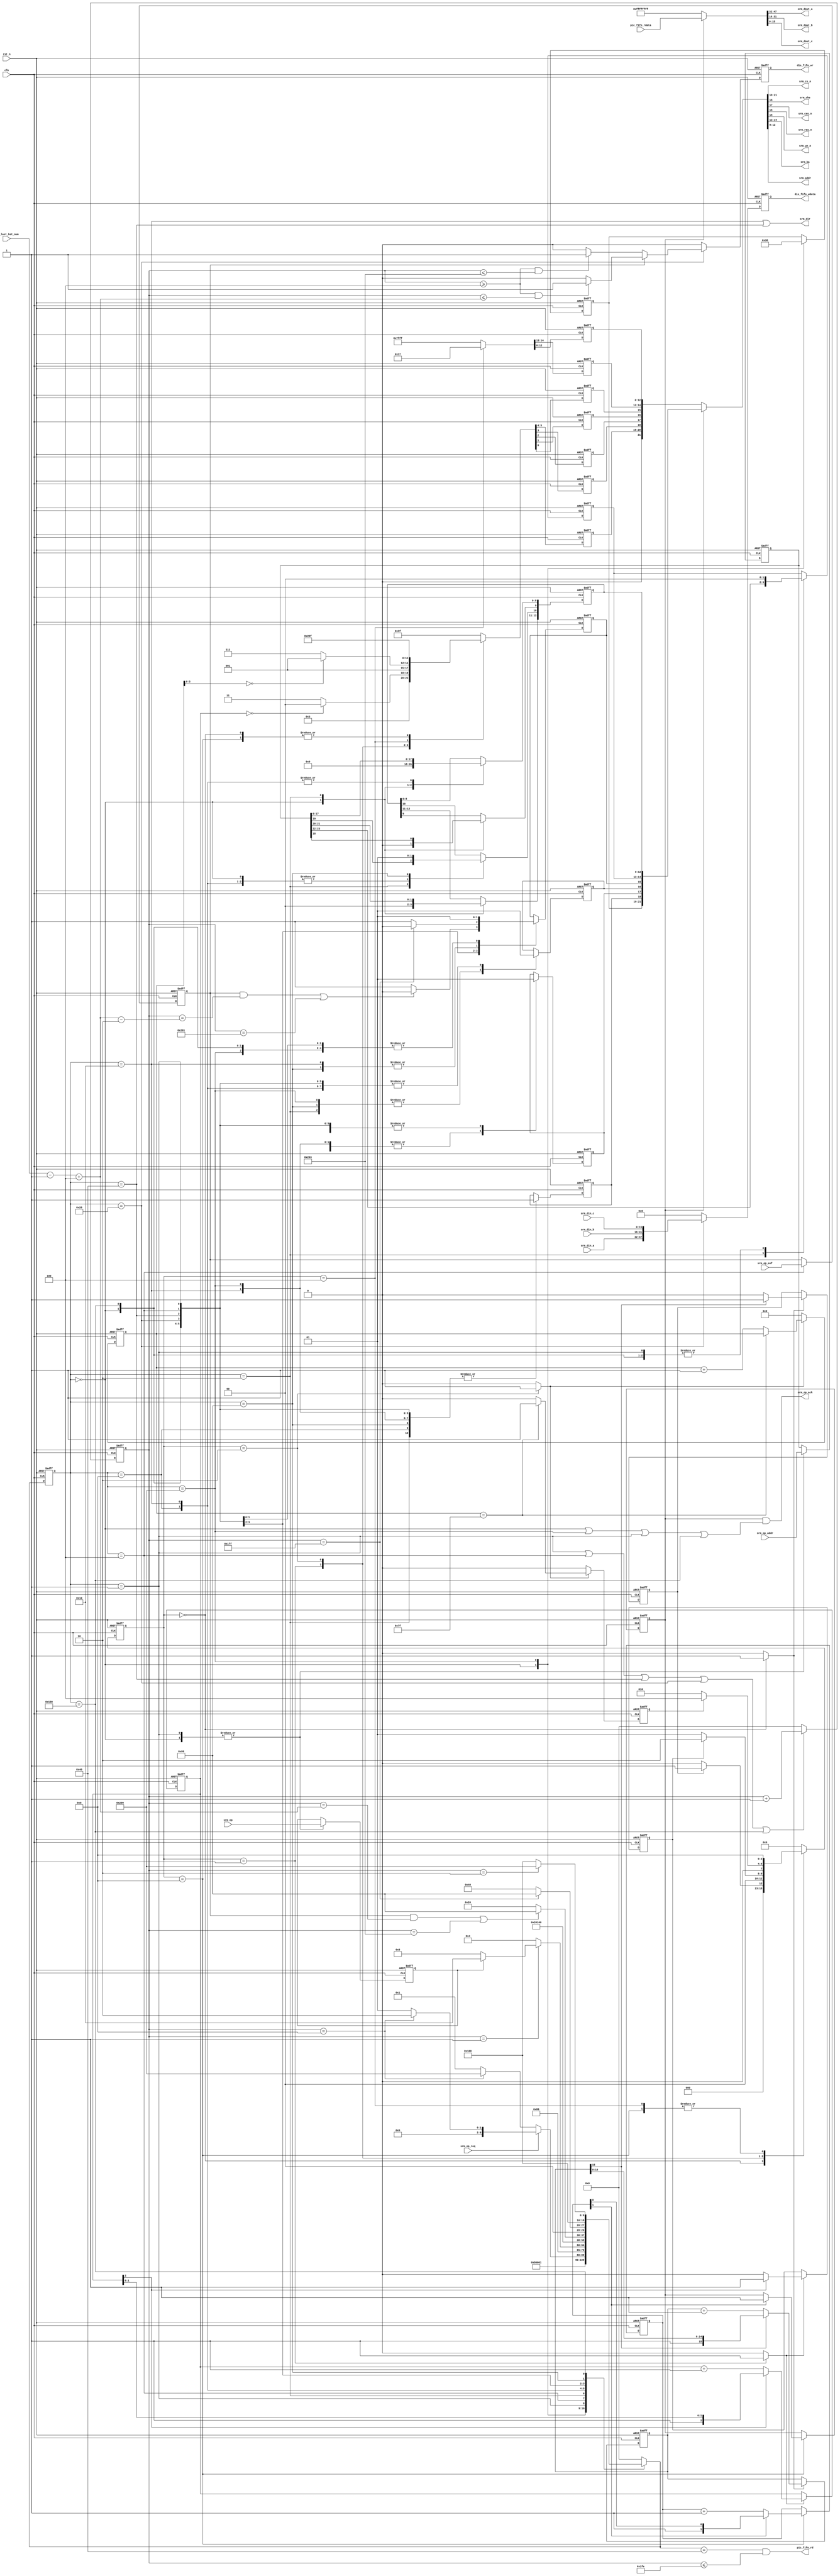
//*****************************************************************************
// COPYRIGHT (c) 2013, Xiamen Tianma Microelectronics Co, Ltd
//
// Module name   :  srm_intf
//
// Version       :  v 1.0
//
// Function      :  SDRAM interfacing control
// Called by     :  --
//
// ----------------------------------------------------------------------------
// Revison
// 2012-05-29    :  create file
//*****************************************************************************
module srm_intf (
    input                 clk               ,
    input                 rst_n             ,

    input                 srm_op_req        ,
    output                srm_op_ack        ,
    input                 srm_op            ,
    input       [23:0]    srm_op_addr       ,
    input                 srm_op_eof        ,

    output      [2:0]     srm_cs_n          ,
    output                srm_cke           ,
    output                srm_cas_n         ,
    output                srm_ras_n         ,
    output                srm_we_n          ,
    output      [1:0]     srm_ba            ,
    output      [12:0]    srm_addr          ,
    input       [15:0]    srm_din_a         ,
    input       [15:0]    srm_din_b         ,
    input       [15:0]    srm_din_c         ,
    output      [15:0]    srm_dout_a        ,
    output      [15:0]    srm_dout_b        ,
    output      [15:0]    srm_dout_c        ,
    output                srm_dir           ,

    output                pic_fifo_rd       ,
    input       [47:0]    pic_fifo_rdata    ,
    output reg            dis_fifo_wr       ,
    output reg  [47:0]    dis_fifo_wdata	  ,
	 input       [9:0]     pic_last_bst_num      
);

//+++++++++++++++++++++++++++++++++++++++++++++++++++++++++++++++++++++++++++++
// parameters
//+++++++++++++++++++++++++++++++++++++++++++++++++++++++++++++++++++++++++++++
// sdram operation related
parameter       OPCODE              = 8'b0                      ;	 //write mode = burst read and burst write
parameter       CAS                 = 3'b011                    ;  //CAS lantency = 3
parameter       BT                  = 1'b0                      ;  //burst type = sequential
parameter       BURSTLEN            = 3'b111                    ;  //burst length. 3'b111 - full page
parameter       NOP                 = 4'b1111                   ;
parameter       BSTSTOP             = 4'b1110                   ;

parameter       INITDELAY200u       = 4'b0000                   ;
parameter       INITPRECHARGE       = 4'b0001                   ;
parameter       INITREFRESH         = 4'b0010                   ;
parameter       INITSETMRS          = 4'b0100                   ;
parameter       INITIDLE            = 4'b1000                   ;


parameter       IDLE                = 10'b00_0000_0000          ;
parameter       REFRESHDELAY        = 10'b00_0000_0001          ;
parameter       ROWACTIVE           = 10'b00_0000_0010          ;
parameter       ROWACTIVEDELAY      = 10'b00_0000_0100          ;
parameter       READ                = 10'b00_0000_1000          ;
parameter       WRITE               = 10'b00_0001_0000          ;
parameter       READDELAY           = 10'b00_0010_0000          ;
parameter       WRITEDELAY          = 10'b00_0100_0000          ;
parameter       PRECHARGE           = 10'b00_1000_0000          ;
parameter       PRECHARGEDELAY      = 10'b01_0000_0000          ;
parameter       REFRESH             = 10'b10_0000_0000          ;

parameter       RD_LAG              = 10'd4                     ;

//+++++++++++++++++++++++++++++++++++++++++++++++++++++++++++++++++++++++++++++
// variable declaration
//+++++++++++++++++++++++++++++++++++++++++++++++++++++++++++++++++++++++++++++
wire                            trig_op_dly                     ;
wire                            trig_init_dly                   ;
wire                            trig_init_pch                   ;
wire                            trig_init_ref                   ;

reg     [1:0]                   init_cs                         ;
reg                             init_cke                        ;
reg                             init_cas_n                      ;
reg                             init_ras_n                      ;
reg                             init_we_n                       ;
reg     [1:0]                   init_ba                         ;
reg     [12:0]                  init_addr                       ;

reg     [2:0]                   op_cs                           ;
reg                             op_cke                          ;
reg                             op_cas_n                        ;
reg                             op_ras_n                        ;
reg                             op_we_n                         ;
reg     [1:0]                   op_ba                           ;
reg     [12:0]                  op_addr                         ;

reg     [3:0]                   cs_init                         ;
reg     [3:0]                   ns_init                         ;
reg     [15:0]                  cnt_init_dly                    ;
reg                             end_init_dly                    ;
reg     [2:0]                   cnt_init_pch                    ;
reg                             end_init_pch                    ;
reg     [6:0]                   cnt_init_ref                    ;
reg                             end_init_ref                    ;
reg                             end_srm_init                    ;
reg     [1:0]                   cnt_init_mrs_dly                ;

//(* syn_encoding = "safe" *) reg [9:0]  cs_op,ns_op;
reg     [9:0]                   cs_op                           ;
reg     [9:0]                   ns_op                           ;
reg     [23:0]                  srm_op_addr_lat                 ;
reg                             srm_op_lat                      ;
reg     [9:0]                   cnt_op_dly                      ;
reg                             srm_op_eob_lat                  ;

//+++++++++++++++++++++++++++++++++++++++++++++++++++++++++++++++++++++++++++++
//continuous assignment
//+++++++++++++++++++++++++++++++++++++++++++++++++++++++++++++++++++++++++++++
assign trig_init_dly = (cs_init == INITDELAY200u )? 1'b1 :1'b0;
assign trig_init_pch = (cs_init == INITPRECHARGE )? 1'b1 :1'b0;
assign trig_init_ref = (cs_init == INITREFRESH   )? 1'b1 :1'b0;

assign trig_op_dly = (cs_op == REFRESHDELAY) || (cs_op == ROWACTIVEDELAY)
    || (cs_op==WRITEDELAY) || (cs_op == READDELAY) || (cs_op == PRECHARGEDELAY);

assign srm_op_ack = (end_srm_init == 1'b1) && ((cs_op == IDLE)
    || (cs_op == REFRESH) || (cs_op == REFRESHDELAY) || (cs_op == PRECHARGEDELAY));

assign {srm_cs_n, srm_cke, srm_cas_n, srm_ras_n, srm_we_n, srm_ba, srm_addr}
    = end_srm_init ? {op_cs, op_cke, op_cas_n, op_ras_n, op_we_n, op_ba, op_addr}
    : {init_cs, init_cke, init_cas_n, init_ras_n, init_we_n, init_ba, init_addr};

assign {srm_dout_a, srm_dout_b, srm_dout_c} = (end_srm_init == 1'b1) ? pic_fifo_rdata : 48'hffffffff;
assign srm_dir = (cs_op == WRITE) || (cs_op == WRITEDELAY);
assign pic_fifo_rd = (ns_op == WRITEDELAY) && (cnt_op_dly <= 10'd510);

//+++++++++++++++++++++++++++++++++++++++++++++++++++++++++++++++++++++++++++++
// block statement
//+++++++++++++++++++++++++++++++++++++++++++++++++++++++++++++++++++++++++++++
//init FSM
always @(posedge clk or negedge rst_n)
begin
    if (rst_n == 1'b0)
    begin
        cs_init <= INITDELAY200u;
    end
    else
    begin
        cs_init <= ns_init;
    end
end

always @(*)
begin
    case(cs_init)
        INITDELAY200u:
        begin
            if (end_init_dly == 1'b1)
            begin
                ns_init = INITPRECHARGE;
            end
            else
            begin
                ns_init = INITDELAY200u;
            end
        end
        INITPRECHARGE:  //wDelay tRp
        begin
            if (end_init_pch == 1'b1)
            begin
                ns_init = INITREFRESH;
            end
            else
            begin
                ns_init = INITPRECHARGE;
            end
        end

        INITREFRESH:  //wDelay tRc
        begin
            if (end_init_ref == 1'b1)
            begin
                ns_init = INITSETMRS;
            end
            else
            begin
                ns_init = INITREFRESH;
            end
        end
        INITSETMRS:
        begin
            ns_init = INITIDLE;
        end
        INITIDLE:
        begin
            ns_init = INITIDLE;
        end
        default:
        begin
            ns_init = INITDELAY200u;
        end
    endcase
end

always @(posedge clk or negedge rst_n)  //delay at least 200us
begin
    if(rst_n == 1'b0)
    begin
        cnt_init_dly <= 16'b0;
        end_init_dly <= 1'b0;
    end
    else if (trig_init_dly == 1'b1)
    begin
        if (cnt_init_dly[15] == 1'b1)
        begin
            cnt_init_dly <= cnt_init_dly;
            end_init_dly <= 1'b1;
        end
        else
        begin
            cnt_init_dly <= cnt_init_dly + 16'b1;
            end_init_dly <= 1'b0;
        end
    end
end

always @(posedge clk or negedge rst_n)  //Precharge
begin
    if (rst_n == 1'b0)
    begin
        cnt_init_pch <= 3'b0;
        end_init_pch <= 1'b0;
    end
    else if (trig_init_pch == 1'b1)
    begin
        if(cnt_init_pch[2] == 1'b1)	//tRP = 5clk	:Row Precharge command Period
        begin
            cnt_init_pch <= cnt_init_pch;
            end_init_pch <= 1'b1;
        end
        else
        begin
            cnt_init_pch <= cnt_init_pch + 3'b1;
            end_init_pch <= 1'b0;
        end
    end
end

always @(posedge clk or negedge rst_n) //8 tRc=9(FPGA16)  8*9
begin
    if(rst_n == 1'b0)
    begin
        cnt_init_ref <= 0;
        end_init_ref <= 0;
    end
    else if (trig_init_ref == 1'b1)
    begin
        if(cnt_init_ref == 7'h7f)	//tRC = 128clk 	:RAS cycle time
        begin
            cnt_init_ref <= cnt_init_ref;
            end_init_ref <= 1'b1;
        end
        else
        begin
            cnt_init_ref <= cnt_init_ref + 7'b1;
            end_init_ref <= 1'b0;
        end
    end
    else
    begin
        cnt_init_ref <= 0;
        end_init_ref <= 0;
    end
end

always @(posedge clk or negedge rst_n)
begin
    if(rst_n == 1'b0)
    begin
        {init_cs, init_cke, init_cas_n, init_ras_n, init_we_n} 
            <= {2'b11, 1'b1, 1'b1, 1'b1, 1'b1};	//Device deselect
    end
    else
    begin
        case (cs_init[3:0])
            INITDELAY200u:
            begin
                {init_cs, init_cke, init_cas_n, init_ras_n, init_we_n}
                    <={2'b0, 1'b1, 1'b1, 1'b1, 1'b1};	//NOP
            end
            INITPRECHARGE:
            begin
                if (cnt_init_pch == 3'b0)
                begin
                    {init_cs, init_cke, init_cas_n, init_ras_n, init_we_n}
                        <={2'b0, 1'b1, 1'b1, 1'b0, 1'b0};	//Precharge All Bank
                end
                else
                begin
                    {init_cs, init_cke, init_cas_n, init_ras_n, init_we_n}
                        <={2'b0, 1'b1, 1'b1, 1'b1, 1'b1};	//NOP
                end
            end
            INITREFRESH:
            begin
                if (cnt_init_ref[3:0] == 4'b0)
                begin
                    {init_cs, init_cke, init_cas_n, init_ras_n, init_we_n}
                        <={2'b0, 1'b1, 1'b0, 1'b0, 1'b1};	//Auto Refresh
                end
                else
                begin
                    {init_cs, init_cke, init_cas_n, init_ras_n, init_we_n}
                        <={2'b0, 1'b1, 1'b1, 1'b1, 1'b1};	//NOP
                end
            end
            INITSETMRS:
            begin
                {init_cs, init_cke, init_cas_n, init_ras_n, init_we_n}
                    <={2'b0,1'b1,1'b0,1'b0,1'b0};	//Mode Register Set
            end
            INITIDLE:
            begin
                {init_cs, init_cke, init_cas_n, init_ras_n, init_we_n}
                    <={2'b0, 1'b1, 1'b1, 1'b1, 1'b1};	//NOP
            end
            default:
            begin
                {init_cs, init_cke, init_cas_n, init_ras_n, init_we_n}
                    <= {2'b11, 1'b1, 1'b1, 1'b1, 1'b1};
            end
        endcase
    end
end

always @(posedge clk or negedge rst_n)
begin
    if(rst_n == 1'b0)
    begin
        {init_ba, init_addr} <= 15'h7fff;
    end
    else if (cs_init == INITSETMRS)	//Mode Register Set
    begin
        {init_ba, init_addr} <= {OPCODE, CAS, BT, BURSTLEN};
    end
    else
    begin
        {init_ba, init_addr} <= 15'h7fff;
    end
end

always @(posedge clk or negedge rst_n)
begin
    if(rst_n == 1'b0)
    begin
        end_srm_init     <= 1'b0;
        cnt_init_mrs_dly <= 2'b0;
    end
    else if (cs_init == INITIDLE)
    begin
        if(cnt_init_mrs_dly[1] == 1'b1)	//tMRS = 3clk	:MRS to new command
        begin
            end_srm_init <= 1'b1;
        end
        else
        begin
            cnt_init_mrs_dly  <= cnt_init_mrs_dly + 2'b1;
        end
    end
end

//operation FSM
always @(posedge clk or negedge rst_n)
begin
    if (rst_n == 1'b0)
    begin
        cs_op <= IDLE;
    end
    else
    begin
        cs_op <= ns_op;
    end
end

always @(*)
begin
    case (cs_op[9:0])
        IDLE: //
        begin
            ns_op = REFRESH;
        end
        REFRESH:
        begin
            ns_op = REFRESHDELAY;
        end
        REFRESHDELAY:
        begin
            if(srm_op_req == 1'b0)	//no SDRAM operation request
            begin
                if (cnt_op_dly == 10'd8) //tRC=9 cnt_op_dly==4'h8
                begin
                    ns_op = REFRESH;
                end
                else
                begin
                    ns_op = REFRESHDELAY;
                end
            end
            else	//SDRAM operation request
            begin
                if (cnt_op_dly == 10'd8) //tRC=9
                begin
                    ns_op = ROWACTIVE;
                end
                else
                begin
                    ns_op = REFRESHDELAY;
                end
            end
        end
        ROWACTIVE:
        begin
            ns_op = ROWACTIVEDELAY;
        end
        ROWACTIVEDELAY:
        begin
            if (cnt_op_dly == 10'd1) //tRCD=3
            begin
                if (srm_op_lat == 1'b0)
                begin
                    ns_op = READ;
                end
                else
                begin
                    ns_op = WRITE;
                end
            end
            else
            begin
                ns_op = ROWACTIVEDELAY;
            end
        end
        READ:
        begin
            ns_op = READDELAY;
        end
        WRITE:
        begin
            ns_op = WRITEDELAY;
        end
        READDELAY:
        begin
           if (((srm_op_eob_lat == 1'b1) && (cnt_op_dly == (pic_last_bst_num - 10'd1 + RD_LAG)))  
			  || (cnt_op_dly == (10'd511 + RD_LAG)))
            begin
                ns_op = PRECHARGE;
            end
            else
            begin
                ns_op = READDELAY;
            end
        end
        WRITEDELAY:
        begin
            if (cnt_op_dly == 10'd511) //BURSTLEN=8+Precharge cnt_op_dly==4'h7
            begin
                ns_op = PRECHARGE;
            end
            else
            begin
                ns_op = WRITEDELAY;
            end
        end
        PRECHARGE:
        begin
            ns_op = PRECHARGEDELAY;
        end
        PRECHARGEDELAY:
        begin
            if (cnt_op_dly == 10'd2) //tRP=3
            begin
                ns_op = REFRESH;
            end
            else
            begin
                ns_op = PRECHARGEDELAY;
            end
        end
        default:
        begin
            ns_op = IDLE;
        end
    endcase
end

always @(posedge clk or negedge rst_n)
begin
    if (rst_n == 1'b0)
    begin
        {op_cke, op_ras_n, op_cas_n, op_we_n, op_ba} <= {NOP, 2'b11};
        op_cs           <= 3'b111;
        op_addr         <= 13'b0;
        srm_op_lat      <= 1'b0;
        srm_op_addr_lat <= 23'b0;
        srm_op_eob_lat  <= 1'b0;
    end
    else
    begin
        case (cs_op[9:0])
            IDLE:
            begin
                {op_cke, op_ras_n, op_cas_n, op_we_n, op_ba} <= {NOP, 2'b0};
                op_cs           <= 3'b111;
                op_addr         <= 13'b0;
                srm_op_lat      <= srm_op;
                srm_op_addr_lat <= srm_op_addr[23:0];
            end
            REFRESH:
            begin
                {op_cke, op_ras_n, op_cas_n, op_we_n} <= {1'b1, 1'b0, 1'b0, 1'b1};
                op_cs <= 3'b000;
            end
            REFRESHDELAY:
            begin
                {op_cke, op_ras_n, op_cas_n, op_we_n, op_ba} <= {NOP, 2'b0};
                srm_op_lat      <= srm_op;
                srm_op_addr_lat <= srm_op_addr[23:0];
            end
            ROWACTIVE:
            begin
                {op_cke, op_ras_n, op_cas_n, op_we_n, op_ba}
                    <={1'b1, 1'b0, 1'b1, 1'b1, srm_op_addr_lat[23:22]};
                op_addr <= srm_op_addr_lat[21:9];
            end
            ROWACTIVEDELAY:
            begin
                {op_cke, op_ras_n, op_cas_n, op_we_n} <= NOP;
						srm_op_eob_lat <= srm_op_eof;	
            end
            READ:
            begin
                {op_cke, op_ras_n, op_cas_n, op_we_n} <= {1'b1, 1'b1, 1'b0, 1'b1};
                op_addr[10]  <= 1'b0;
                op_addr[8:0] <= srm_op_addr_lat[8:0];
            end
            WRITE:
            begin
                {op_cke, op_ras_n, op_cas_n, op_we_n} <= {1'b1, 1'b1, 1'b0, 1'b0};
                op_addr[10]  <= 1'b0;
                op_addr[8:0] <= srm_op_addr_lat[8:0];
            end
            READDELAY:
            begin
               if (((srm_op_eob_lat == 1'b1) && (cnt_op_dly == (pic_last_bst_num - 10'd1 + RD_LAG - 10'd2))) 
					|| (cnt_op_dly == (10'd511 + RD_LAG - 10'd2)))    
           		 begin
                    {op_cke, op_ras_n, op_cas_n, op_we_n} <= BSTSTOP;
                end
                else
                begin
                    {op_cke, op_ras_n, op_cas_n, op_we_n} <= NOP;
                end
            end
            WRITEDELAY:
            begin
                if (cnt_op_dly == 10'd511)
                begin
                    {op_cke, op_ras_n, op_cas_n, op_we_n} <= BSTSTOP;
                end
                else
                begin
                    {op_cke, op_ras_n, op_cas_n, op_we_n} <= NOP;
                end
            end
            PRECHARGE:
            begin
                {op_cke, op_ras_n, op_cas_n, op_we_n} <= {1'b1, 1'b0, 1'b1, 1'b0};
                op_addr[10] <= 1'b1;
            end
            PRECHARGEDELAY:
            begin
                {op_cke, op_ras_n, op_cas_n, op_we_n, op_ba} <= {NOP, 2'b0};
            end
        endcase
    end
end

always @(posedge clk or negedge rst_n)
begin
    if (rst_n == 1'b0)
    begin
        cnt_op_dly <= 10'b0;
    end
    else if (trig_op_dly == 1'b1)
    begin
        cnt_op_dly <= cnt_op_dly + 10'b1;
    end
    else
    begin
        cnt_op_dly <= 10'b0;
    end
end

always @(posedge clk or negedge rst_n)
begin
    if(rst_n == 1'b0)
    begin
        dis_fifo_wr    <= 1'b0;
        dis_fifo_wdata <= 48'b0;
    end
    else if (cs_op == READDELAY)
    begin
        if (srm_op_eob_lat == 1'b1)
        begin
            if ((cnt_op_dly >= RD_LAG) && (cnt_op_dly <= (pic_last_bst_num - 10'd1 + RD_LAG)))
            begin
                dis_fifo_wr <= 1'b1;
            end
            else
            begin
                dis_fifo_wr <= 1'b0;
            end
        end
        else
        begin
            if ((cnt_op_dly >= RD_LAG) && (cnt_op_dly <= (10'd511 + RD_LAG)))
            begin
                dis_fifo_wr <= 1'b1;
            end
            else
            begin
                dis_fifo_wr <= 1'b0;
            end
        end
        dis_fifo_wdata  <= {srm_din_a, srm_din_b, srm_din_c};
    end
    else
    begin
        dis_fifo_wr    <= 1'b0;
        dis_fifo_wdata <= 48'b0;
    end
end
   
endmodule